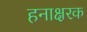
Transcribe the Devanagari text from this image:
हनाक्षरक